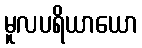
မူလပရိယာယော